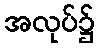
အလုပ်၌